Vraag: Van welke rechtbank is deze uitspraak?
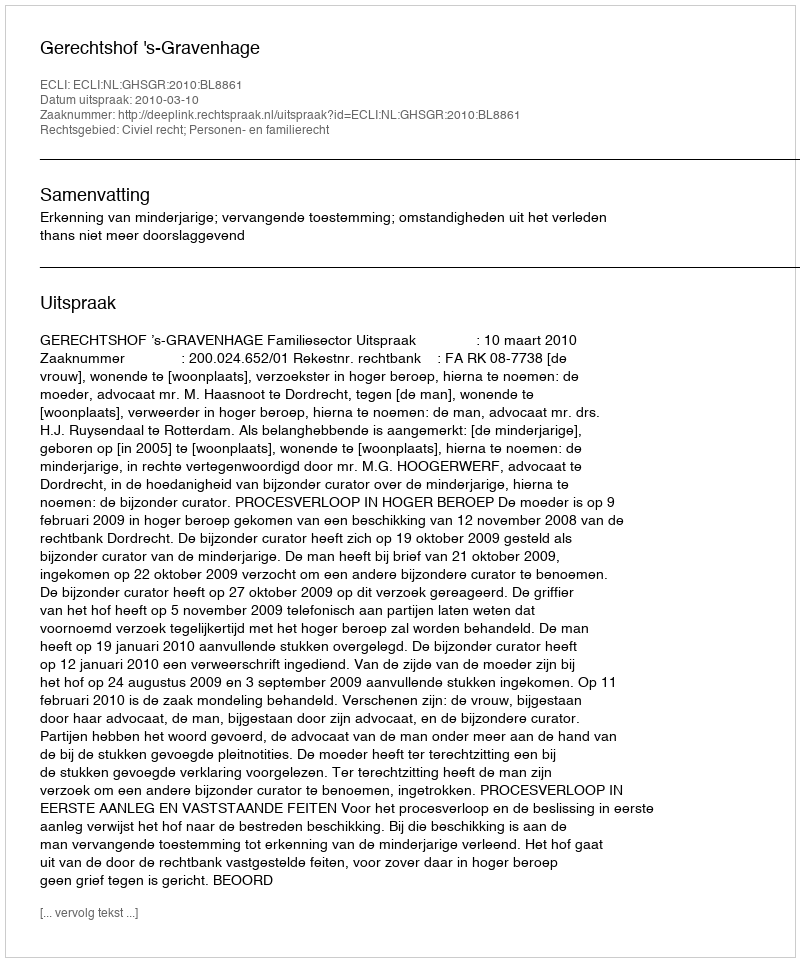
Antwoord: Gerechtshof 's-Gravenhage